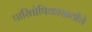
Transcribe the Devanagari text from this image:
पारितोषिकासाठीचे